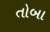
તોબા